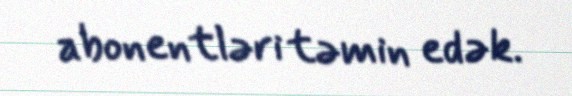
abonentləri təmin edək.